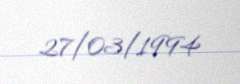
27/03/1994